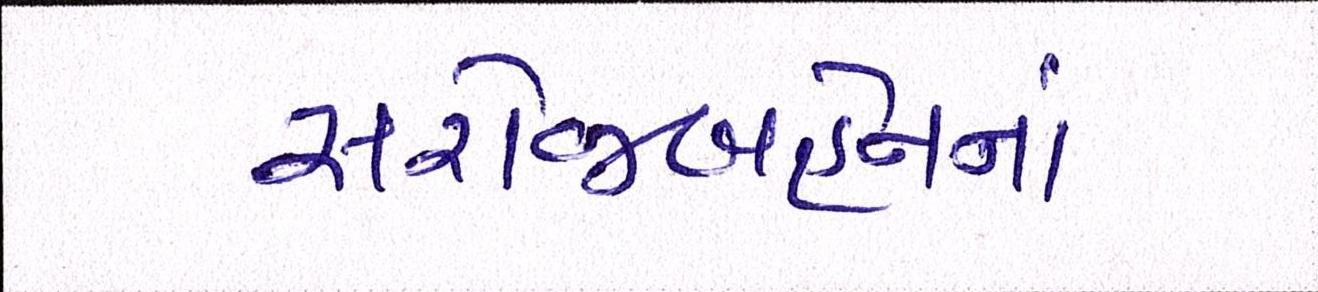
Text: સરોજબહેનનાં